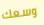
وسعك